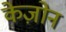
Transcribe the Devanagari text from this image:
केज़ोन